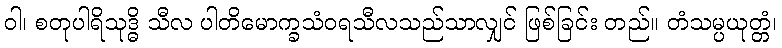
ဝါ၊ စတုပါရိသုဒ္ဓိ သီလ ပါတိမောက္ခသံဝရသီလသည်သာလျှင် ဖြစ်ခြင်း တည်။ တံသမ္ပယုတ္တံ၊